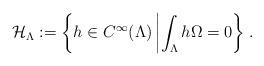
LaTeX: \begin{align*}\mathcal{H}_\Lambda:=\left\{h\in C^\infty(\Lambda)\left|\int_\Lambda h\real\Omega=0\right\}\right..\end{align*}